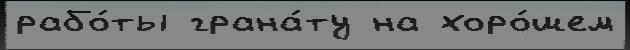
рабо́ты грана́ту на хоро́шем